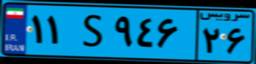
۱۰S۵۲۱۶۰